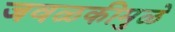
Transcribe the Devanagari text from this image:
जवळकीमुळे